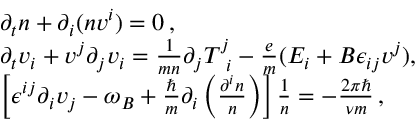
\begin{array} { r l } & { \partial _ { t } n + \partial _ { i } ( n v ^ { i } ) = 0 \, , } \\ & { \partial _ { t } v _ { i } + v ^ { j } \partial _ { j } v _ { i } = \frac { 1 } { m n } \partial _ { j } T _ { \, \, \, i } ^ { j } - \frac { e } { m } ( E _ { i } + B \epsilon _ { i j } v ^ { j } ) , } \\ & { \left[ \epsilon ^ { i j } \partial _ { i } v _ { j } - \omega _ { B } + \frac { \hbar } { m } \partial _ { i } \left( \frac { \partial ^ { i } n } { n } \right) \right] \frac { 1 } { n } = - \frac { 2 \pi \hbar } { \nu m } \, , } \end{array}